Reports on military cantonments and civil stations in the Presidency of Bombay inspected by the Sanitary Commissioner in the years 1875 and 1876
Year: 1875
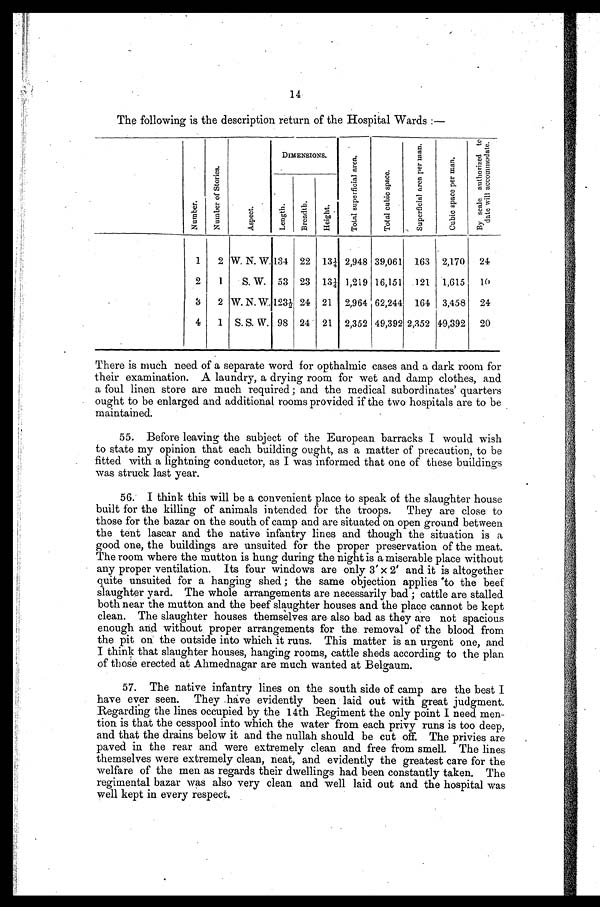
14
The following is the description return of the Hospital Wards :—
N u m b e r .
N u m b e r o f S t o r i e s .
A s p e c t .
DIMENSIONS.
T o t a l S u p e r f i c i a l a r e a .
T o t a l c u b i c s p a c e .
S u p e r f i c i a l a r e a p e r m a n .
C u b i c s p a c e p e r m a n .
B y s c a l e a u t h o r i z e d t o d a t e w i l l a c c o m o m m o d a t e .
L e n g t h .
B r e a d t h
H e i g h t .
1
2
W . N . W
1 3 4
22 13¼ 2,948 39,061
163 2,170
24
2
1
S. W. 53 23 13¼ 1,219 16,151
121
1,615
10
3
2 W. N. W 123½ 24 21
2,964 62,244 164 3,458
24
4
1 S. S. W . 98 24 21
2,352 49,392 2,352 49,392
20
There is much need of a separate word for opthalmic cases and a dark room for
their examination. A laundry, a drying room for wet and damp clothes, and
a foul linen store are much required ; and the medical subordinates' quarters
ought to be enlarged and additional rooms provided if the two hospitals are to be
maintained.
55. Before leaving the subject of the European barracks I would wish
to state my opinion that each building ought, as a matter of precaution, to be
fitted with a lightning conductor, as I was informed that one of these buildings
was struck last year.
56. I think this will be a convenient place to speak of the slaughter house
built for the killing of animals intended for the troops. They are close to
those for the bazar on the south of camp and are situated on open ground between
the tent lascar and the native infantry lines and though the situation is a
good one, the buildings are unsuited for the proper preservation of the meat.
The room where the mutton is hung during the night is a miserable place without
• any proper ventilation. Its four windows are only 3' x 2' and it is altogether
quite unsuited for a hanging shed ; the same objection applies to the beef
slaughter yard. The whole arrangements are necessarily bad ; cattle are stalled
both near the mutton and the beef slaughter houses and the place cannot be kept
clean. The slaughter houses themselves are also bad as they are not spacious
enough and without proper arrangements for the removal of the blood from
the pit on the outside into which it runs. This matter is an urgent one, and
I think that slaughter houses, hanging rooms, cattle sheds according to the plan
of those erected at Ahmednagar are much wanted at Belgaum.
57. The native infantry lines on the south side of camp are the best
have ever seen. They have evidently been laid out with great judgment.
Regarding the lines occupied by the 14th Regiment the only point I need men-
tion is that the cesspool into which the water from each privy runs is too deep,
and that the drains below it and the nullah should be cut off. The privies are
paved in the rear and were extremely clean and free from smell. The lines
themselves were extremely clean, neat, and evidently the greatest care for the
welfare of the men. as regards their dwellings had been constantly taken. The
regimental bazar was also very clean and well laid out and the hospital was
well kept in every respect.